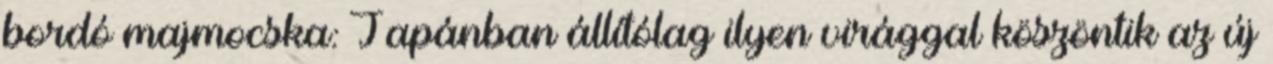
bordó majmocska: Japánban állítólag ilyen virággal köszöntik az új